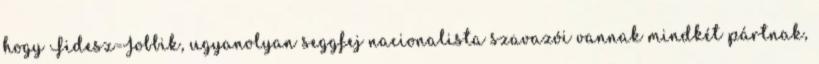
hogy Fidesz=Jobbik, ugyanolyan seggfej nacionalista szavazói vannak mindkét pártnak,